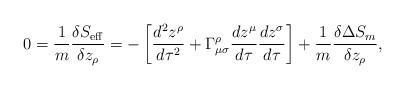
LaTeX: \begin{align*}0=\frac{1}{m} \frac{\delta S_{{\rm eff}}}{\delta z_{\rho}}= - \left[\frac{d^2 z^{\rho}}{d \tau^2} + \Gamma^{\rho}_{\mu\sigma}\frac{d z^{\mu}}{d \tau} \frac{d z^{\sigma}}{d \tau} \right]+\frac{1}{m} \frac{\delta \Delta S_m}{\delta z_{\rho}} ,\end{align*}